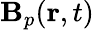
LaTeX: \mathbf{B}_{p}(\mathbf{r},t)